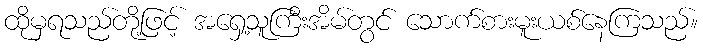
ထိုမှရသည်တို့ဖြင့် အရှေ့သူကြီးအိမ်တွင် သောက်စားမူးယစ်နေကြသည်။